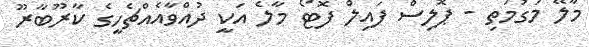
މާލޭ މަގުމަތި - ޕޮލިސް ފައިލް ފޮޓޯ މާލެ އަކީ ދުއްވާއެއްޗެހީގެ ކާރޫބާރޫ